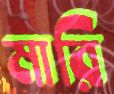
মারি